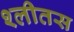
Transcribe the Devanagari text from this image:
श्लीतस